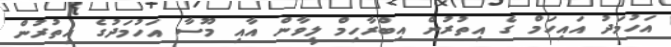
އަހުމަދު އައިހަމް ގެ އިތުރުން އިބްރާހިމް ލީވާން އާއި މޫސާ އަހުމަދުގެ އިތުރުން